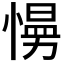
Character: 𭞙